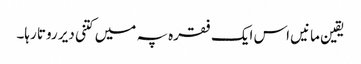
یقین مانیں اس ایک فقرہ پہ میں کتنی دیر روتا رہا۔